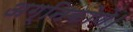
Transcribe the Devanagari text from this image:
अग्निकोणे।